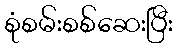
စုံစမ်းစစ်ဆေးပြီး